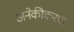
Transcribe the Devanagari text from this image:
अनेकीकरण